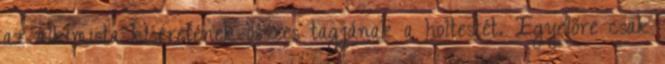
az alkimista kíséretének összes tagjának a holtestét. Egyelőre csak